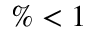
\% < 1